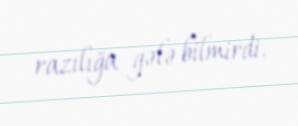
razılığa gələ bilmirdi.